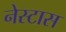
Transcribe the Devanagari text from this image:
नेस्टास